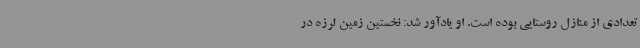
تعدادی از منازل روستایی بوده است. او یادآور شد: نخستین زمین لرزه در